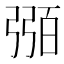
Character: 𢐈